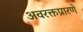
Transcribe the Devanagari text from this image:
अवरक्तप्रारणे